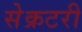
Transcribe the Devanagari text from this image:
सेेक्रटरी